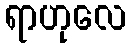
ရာဟုလေ